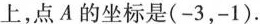
上，点A的坐标是(-3，-1).